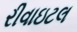
રીવાઇટલ